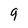
Character: 9